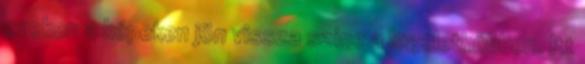
ezeken a képeken jön vissza színe a legélethűbben. Itt